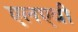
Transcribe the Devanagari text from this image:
एलएबी